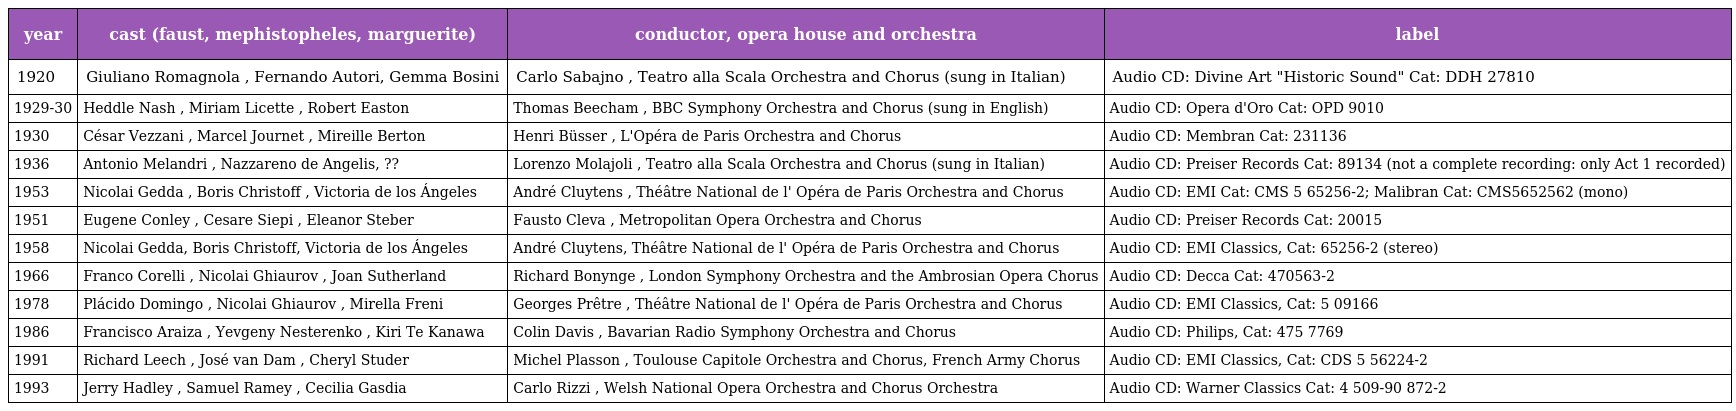
| year | cast (faust, mephistopheles, marguerite) | conductor, opera house and orchestra | label |
 | --- | --- | --- | --- |
 | 1920 | Giuliano Romagnola , Fernando Autori, Gemma Bosini | Carlo Sabajno , Teatro alla Scala Orchestra and Chorus (sung in Italian) | Audio CD: Divine Art "Historic Sound" Cat: DDH 27810 |
 | 1929-30 | Heddle Nash , Miriam Licette , Robert Easton | Thomas Beecham , BBC Symphony Orchestra and Chorus (sung in English) | Audio CD: Opera d'Oro Cat: OPD 9010 |
 | 1930 | César Vezzani , Marcel Journet , Mireille Berton | Henri Büsser , L'Opéra de Paris Orchestra and Chorus | Audio CD: Membran Cat: 231136 |
 | 1936 | Antonio Melandri , Nazzareno de Angelis, ?? | Lorenzo Molajoli , Teatro alla Scala Orchestra and Chorus (sung in Italian) | Audio CD: Preiser Records Cat: 89134 (not a complete recording: only Act 1 recorded) |
 | 1953 | Nicolai Gedda , Boris Christoff , Victoria de los Ángeles | André Cluytens , Théâtre National de l' Opéra de Paris Orchestra and Chorus | Audio CD: EMI Cat: CMS 5 65256-2; Malibran Cat: CMS5652562 (mono) |
 | 1951 | Eugene Conley , Cesare Siepi , Eleanor Steber | Fausto Cleva , Metropolitan Opera Orchestra and Chorus | Audio CD: Preiser Records Cat: 20015 |
 | 1958 | Nicolai Gedda, Boris Christoff, Victoria de los Ángeles | André Cluytens, Théâtre National de l' Opéra de Paris Orchestra and Chorus | Audio CD: EMI Classics, Cat: 65256-2 (stereo) |
 | 1966 | Franco Corelli , Nicolai Ghiaurov , Joan Sutherland | Richard Bonynge , London Symphony Orchestra and the Ambrosian Opera Chorus | Audio CD: Decca Cat: 470563-2 |
 | 1978 | Plácido Domingo , Nicolai Ghiaurov , Mirella Freni | Georges Prêtre , Théâtre National de l' Opéra de Paris Orchestra and Chorus | Audio CD: EMI Classics, Cat: 5 09166 |
 | 1986 | Francisco Araiza , Yevgeny Nesterenko , Kiri Te Kanawa | Colin Davis , Bavarian Radio Symphony Orchestra and Chorus | Audio CD: Philips, Cat: 475 7769 |
 | 1991 | Richard Leech , José van Dam , Cheryl Studer | Michel Plasson , Toulouse Capitole Orchestra and Chorus, French Army Chorus | Audio CD: EMI Classics, Cat: CDS 5 56224-2 |
 | 1993 | Jerry Hadley , Samuel Ramey , Cecilia Gasdia | Carlo Rizzi , Welsh National Opera Orchestra and Chorus Orchestra | Audio CD: Warner Classics Cat: 4 509-90 872-2 |